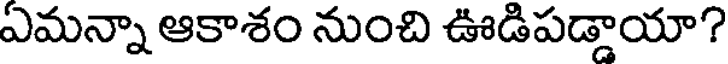
ఏమన్నా ఆకాశం నుంచి ఊడిపడ్డాయా?